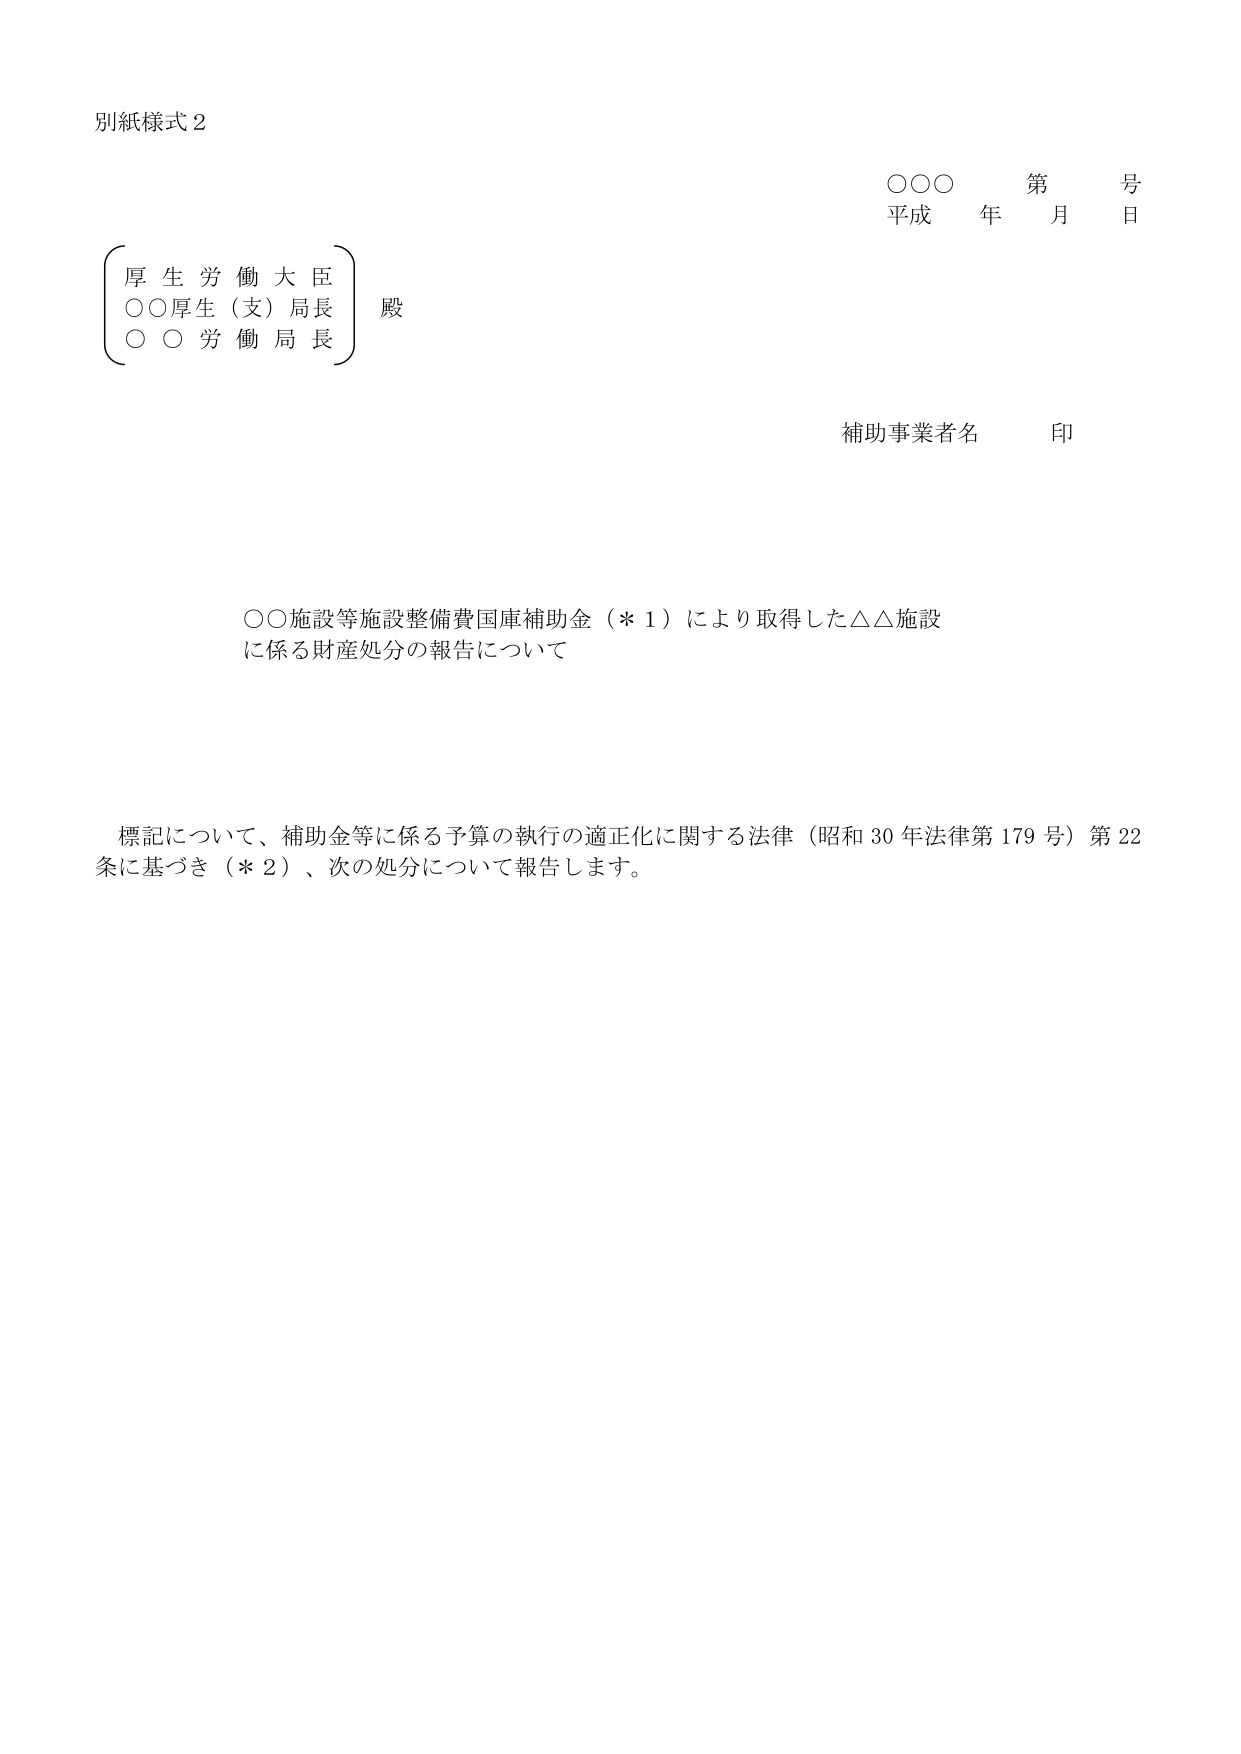
別紙様式２

○○○　第　号
平成　年　月　日

（厚生労働大臣）
○○厚生（支）局長　殿
○○労働局長

補助事業者名　印

○○施設等施設整備費国庫補助金（＊１）により取得した△△施設
に係る財産処分の報告について

標記について、補助金等に係る予算の執行の適正化に関する法律（昭和30年法律第179号）第22条に基づき（＊２）、次の処分について報告します。